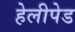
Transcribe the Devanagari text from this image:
हेलीपेड